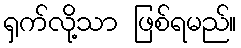
ရှက်လို့သာ ဖြစ်ရမည်။